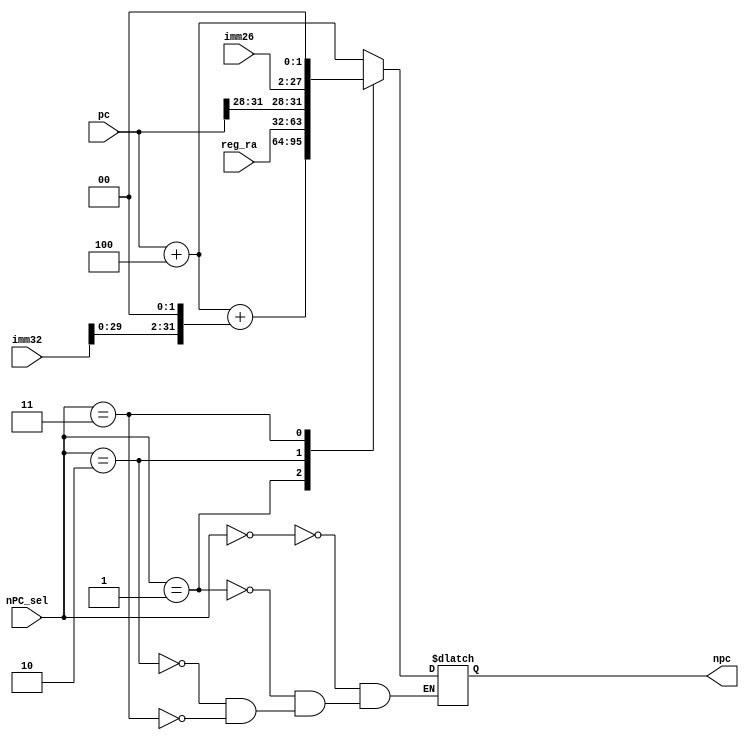
module NPC(
    input [2:0] nPC_sel,
    /*
    0: 
    */
    input [31:0] pc,
    input [31:0] imm32, reg_ra,
    input [25:0] imm26,
    output reg [31:0] npc
);
    always @* begin
        case (nPC_sel) 
            0: npc = pc + 4;
            1: npc = pc + 4 + ($signed(imm32) <<< 2);
            2: npc = reg_ra;
            3: npc = {pc[31:28], imm26, 2'b0};
            default: npc = npc;
        endcase
    end

endmodule